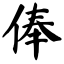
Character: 俸